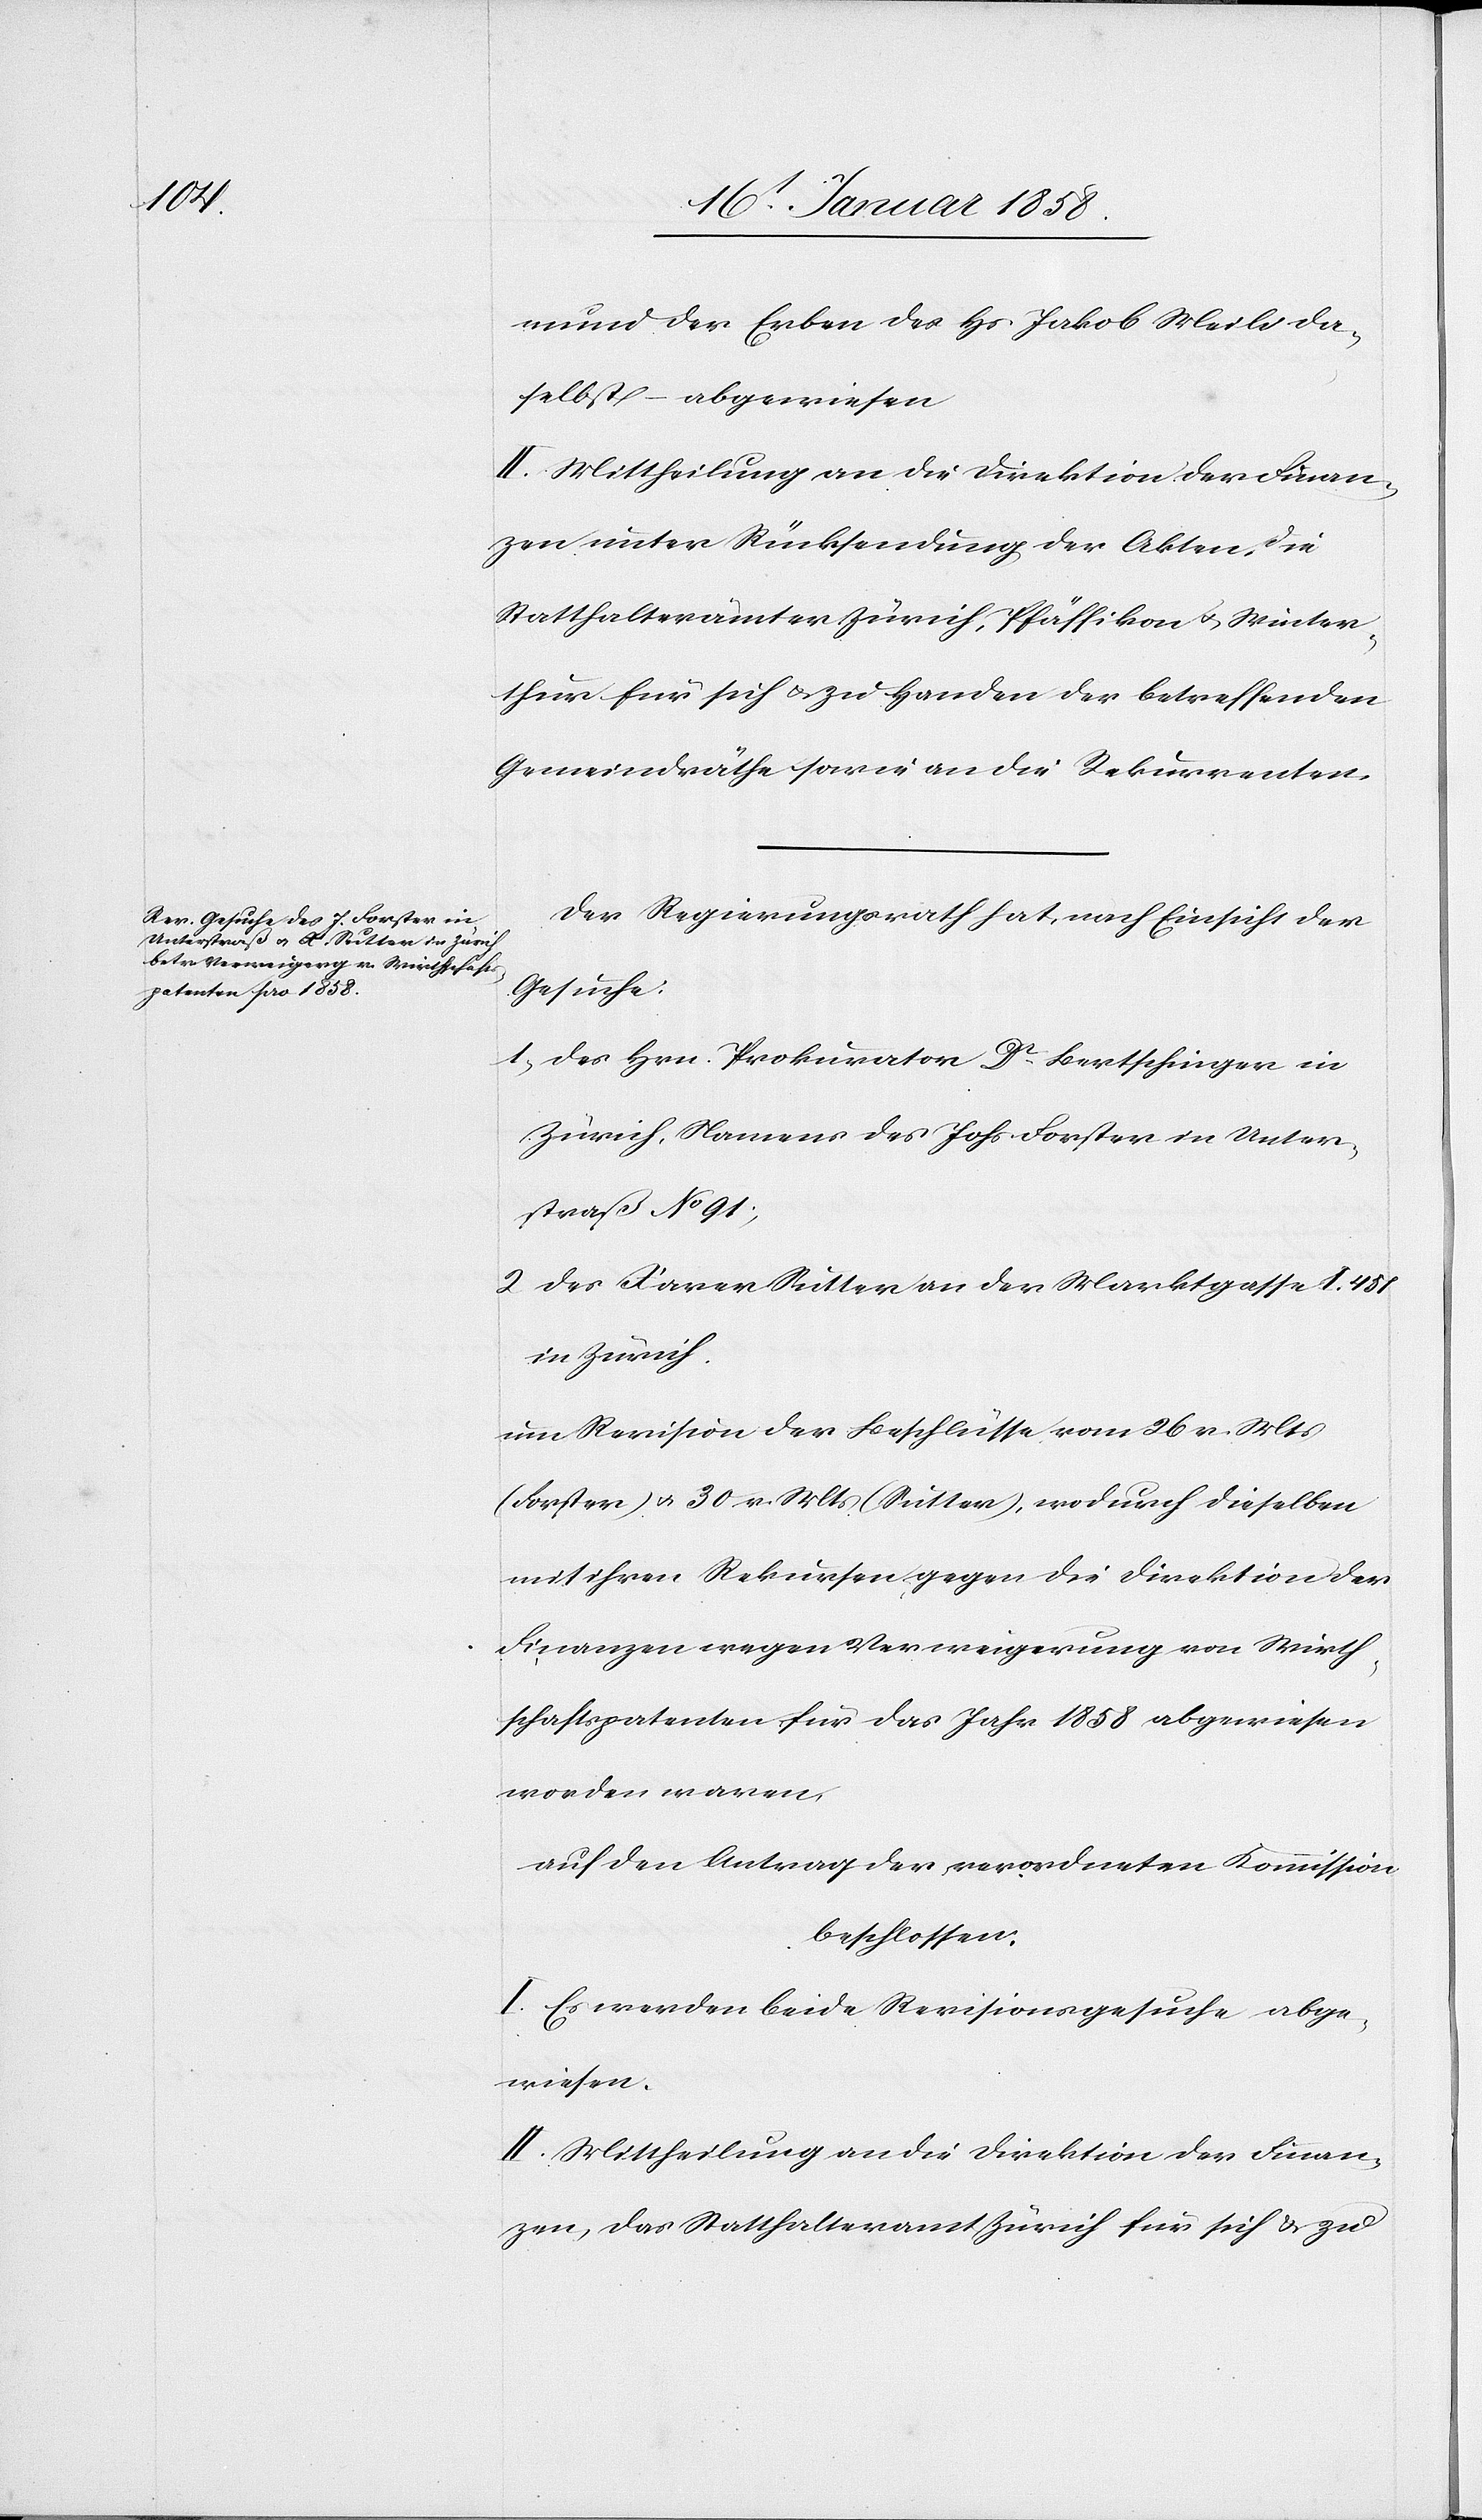
mund der Erben des Hs. Jakob Meili da¬
selbst – abgewiesen.
II. Mittheilung an die Direktion der Finan¬
zen unter Rücksendung der Akten, die
Statthalterämter Zürich, Pfäffikon u. Winter¬
thur für sich u. zu Handen der betreffenden
Gemeindräthe sowie an die Rekurrenten.
Der Regierungsrath hat, nach Einsicht der
Gesuche:
1 des Hrn. Prokurator Dr Bertschinger in
Zürich, Namens des Johs. Forster in Unter¬
straß No 91;
2 des Xaver Sutter an der Marktgasse I. 451
in Zürich.
um Revision der Beschlüsse vom 26. v. Mts
(Forster) u. 30 v. Mts. (Sutter), wodurch dieselben
mit ihren Rekursen gegen die Direktion der
Finanzen wegen Verweigerung von Wirth¬
schaftspatenten für das Jahr 1858 abgewiesen
worden waren,
auf den Antrag der verordneten Kommission
beschlossen:
I. Es werden beide Revisionsgesuche abge¬
wiesen.
II. Mittheilung an die Direktion der Finan¬
zen, das Statthalteramt Zürich für sich & zu